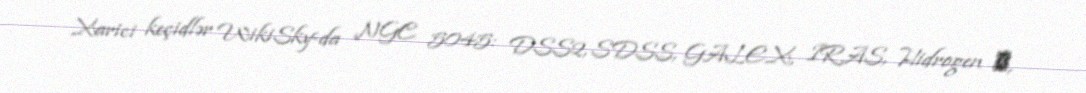
Xarici keçidlər WikiSky-da NGC 5045: DSS2, SDSS, GALEX, IRAS, Hidrogen α,